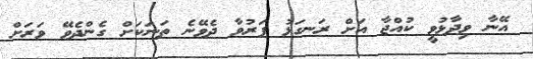
އޭނާ ވިދާޅުވީ ކުއްޖާ އަށް ރަނގަޅު ފަރުވާ ދެވޭނެ ތަނަކަށް ގެންދެވޭ ވަރަށް